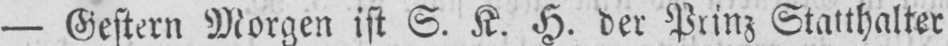
- Gestern Morgen ist S. K. H. der Prinz Statthalter